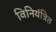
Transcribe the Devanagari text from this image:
विनियंत्रित